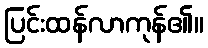
ပြင်းထန်လာကုန်၏။